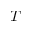
T